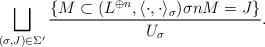
LaTeX: \begin{align*} \bigsqcup_{(\sigma,J) \in \Sigma'} \frac{\{ M \subset (L^{\oplus n}, \langle \cdot,\cdot \rangle_{\sigma}) \sigma nM = J \}}{U_{\sigma}}.\end{align*}